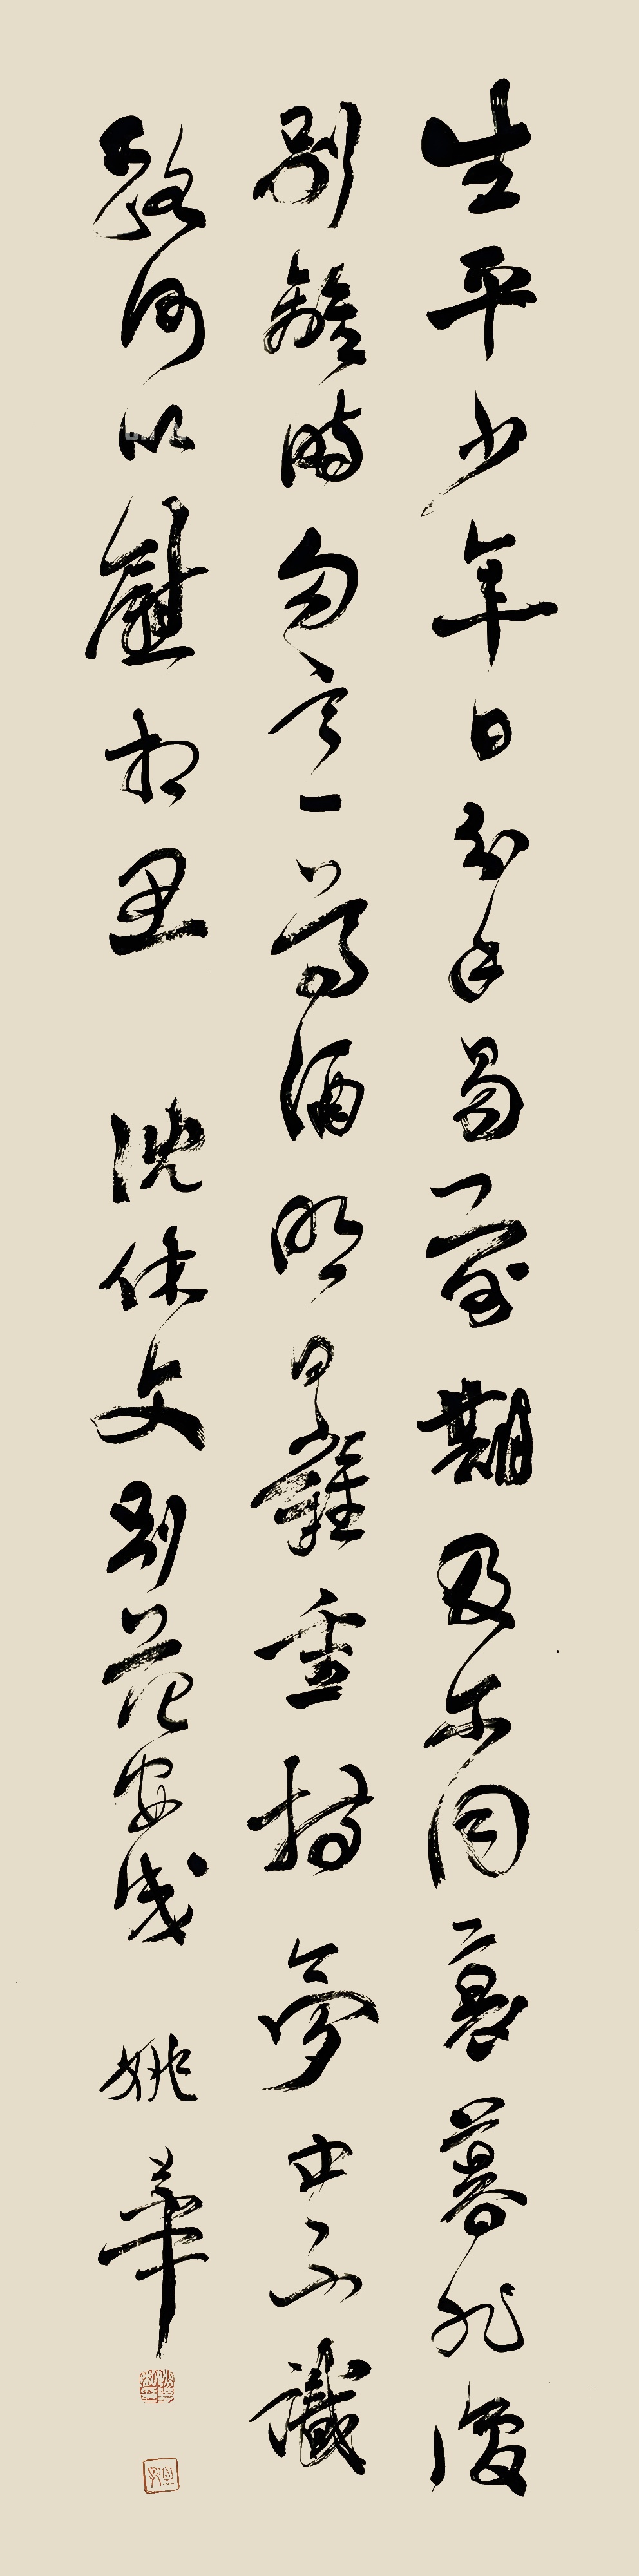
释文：生平少年日，分手易前期。及尔同衰暮，非复别离时。勿言一樽酒，明日难重持。梦中不识路，何以慰相思。沈休文别范安成，姚华。